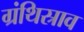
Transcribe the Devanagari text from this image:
ग्रंथिस्राव